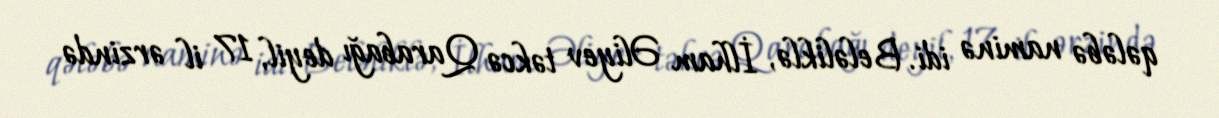
qələbə naminə idi. Beləliklə, İlham Əliyev təkcə Qarabağı deyil, 17 il ərzində